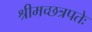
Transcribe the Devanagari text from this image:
श्रीमच्छत्रपतेः